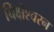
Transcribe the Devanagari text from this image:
बिक्षेश्वरन